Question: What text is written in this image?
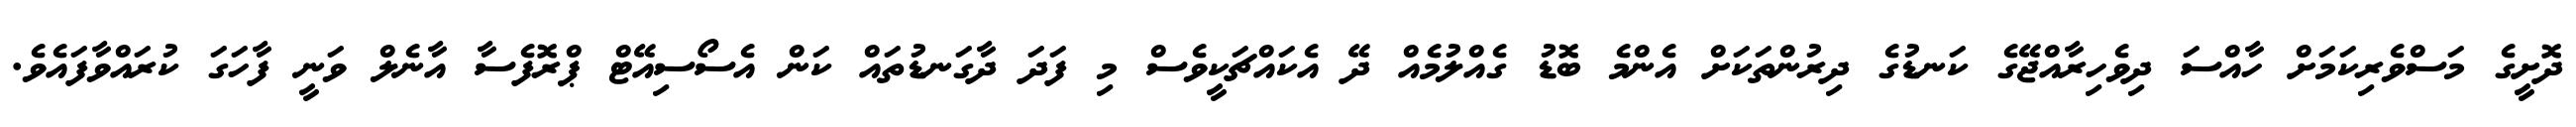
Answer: ދޮށީގެ މަސްވެރިކަމަށް ހާއްސަ ދިވެހިރާއްޖޭގެ ކަނޑުގެ ދިރުންތަކަށް އެންމެ ބޮޑު ގެއްލުމެއް ދޭ އެކައްޗަކީވެސް މި ފަދަ ދާގަނޑުތައް ކަން އެސޯސިއޭޓް ޕްރޮފެސާ އާނެލް ވަނީ ފާހަގަ ކުރައްވާފައެވެ.